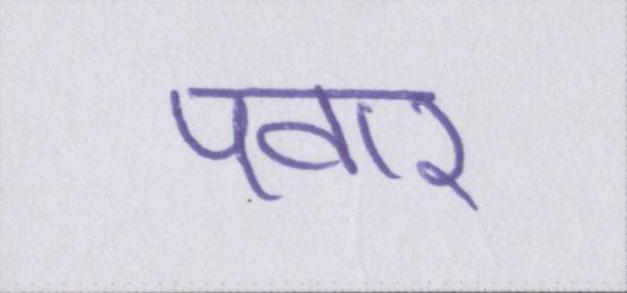
पवार